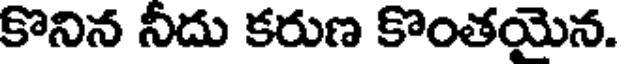
కొనిన నీదు కరుణ కొంతయెన.